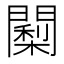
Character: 𮤠